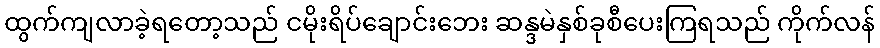
ထွက်ကျလာခဲ့ရတော့သည် ငမိုးရိပ်ချောင်းဘေး ဆန္ဒမဲနှစ်ခုစီပေးကြရသည် ကိုက်လန်